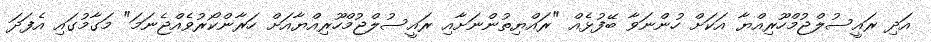
އަދި ރައީސުލްޖުމްހޫރިއްޔާ އަކަށް ހުންނަވާ ބޭފުޅެއް "ރައްޔިތުންނަށާއި ރައީސުލްޖުމްހޫރިއްޔާއަށް ހަރާންކޯރުވެއްޖެނަމަ" މަގާމުގައި އެފަދަ